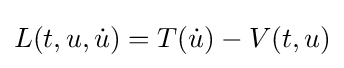
L(t,u,{\dot {u}})=T({\dot {u}})-V(t,u)